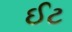
ઈટ